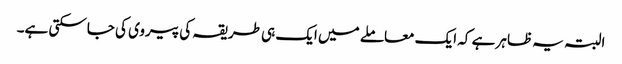
البتہ یہ ظاہر ہے کہ ایک معاملے میں ایک ہی طریقہ کی پیروی کی جاسکتی ہے۔